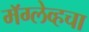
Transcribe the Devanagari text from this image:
मॅग्लेव्हचा